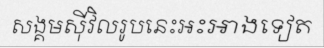
សង្គមស៊ីវិលរូបនេះអះអាងទៀត